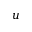
u